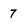
Character: 7